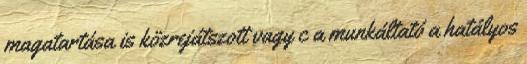
magatartása is közrejátszott vagy c a munkáltató a hatályos